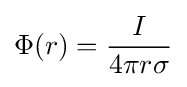
\Phi (r)={I \over 4\pi r\sigma }